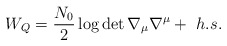
\begin{align*}W_Q={N_0 \over 2}\log\det \nabla_{\mu}\nabla^{\mu} +~h.s.\end{align*}